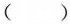
\left ( \right )